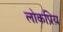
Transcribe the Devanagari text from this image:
लोकप्रिय़